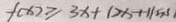
f ( x ) \geq 3 x + 1 2 x + 1 1 5 3